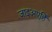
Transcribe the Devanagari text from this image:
जाइअएहिँ